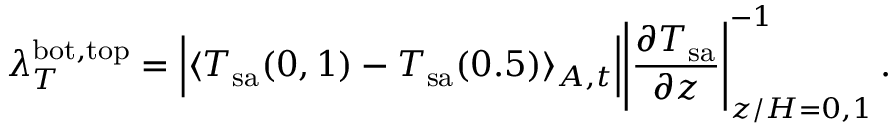
\lambda _ { T } ^ { \mathrm { b o t , t o p } } = \Big | \langle T _ { \mathrm { s a } } ( 0 , 1 ) - T _ { \mathrm { s a } } ( 0 . 5 ) \rangle _ { A , t } \Big | \Bigg | \frac { \partial T _ { \mathrm { s a } } } { \partial z } \Bigg | _ { z / H = 0 , 1 } ^ { - 1 } \, .